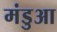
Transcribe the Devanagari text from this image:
मंडुआ